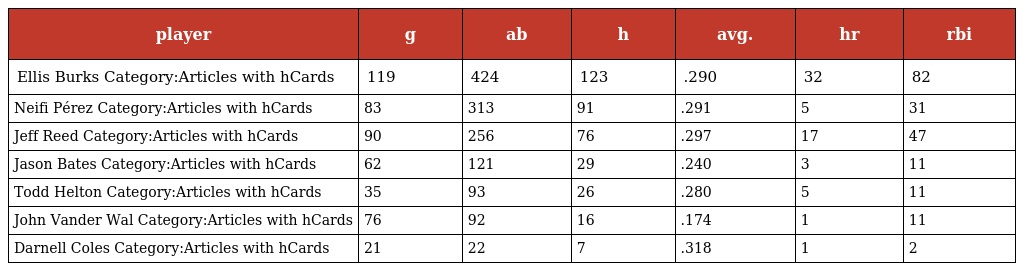
| player | g | ab | h | avg. | hr | rbi |
 | --- | --- | --- | --- | --- | --- | --- |
 | Ellis Burks Category:Articles with hCards | 119 | 424 | 123 | .290 | 32 | 82 |
 | Neifi Pérez Category:Articles with hCards | 83 | 313 | 91 | .291 | 5 | 31 |
 | Jeff Reed Category:Articles with hCards | 90 | 256 | 76 | .297 | 17 | 47 |
 | Jason Bates Category:Articles with hCards | 62 | 121 | 29 | .240 | 3 | 11 |
 | Todd Helton Category:Articles with hCards | 35 | 93 | 26 | .280 | 5 | 11 |
 | John Vander Wal Category:Articles with hCards | 76 | 92 | 16 | .174 | 1 | 11 |
 | Darnell Coles Category:Articles with hCards | 21 | 22 | 7 | .318 | 1 | 2 |